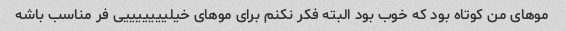
موهای من کوتاه بود که خوب بود البته فکر نکنم برای موهای خیلیییییییی فر مناسب باشه